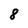
Character: 8